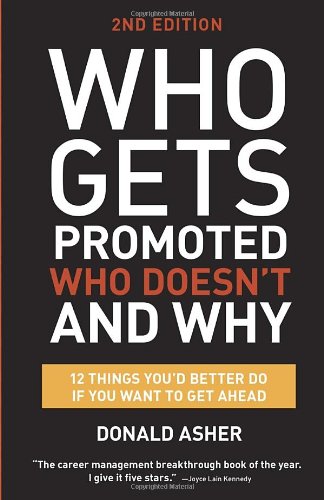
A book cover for Who Gets Promoted, Who Doesn't, and Why, Second Edition: 12 Things You'd Better Do If You Want to Get Ahead; Donald Asher; Business & Money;